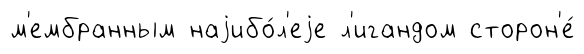
м'ембранным наjибо́л'еjе л'игандом сторон'е́